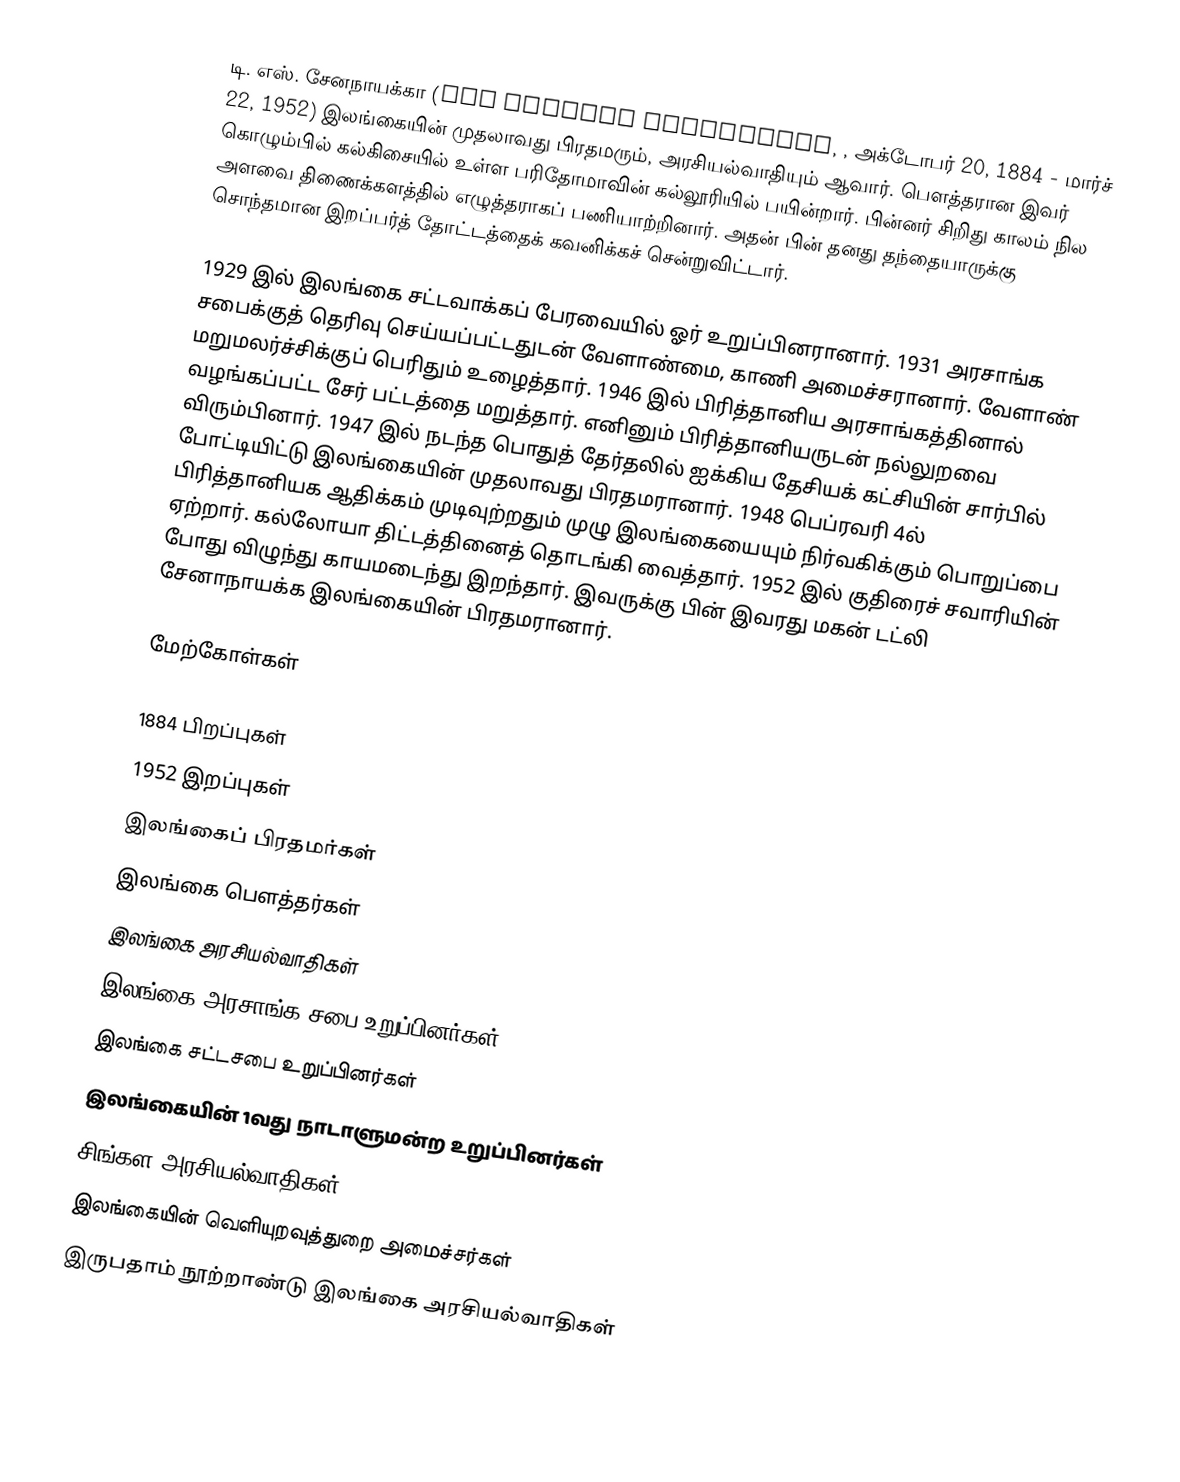
டி. எஸ். சேனநாயக்கா (Don Stephen Senanayake, , அக்டோபர் 20, 1884 - மார்ச் 22, 1952) இலங்கையின் முதலாவது பிரதமரும், அரசியல்வாதியும் ஆவார். பௌத்தரான இவர் கொழும்பில் கல்கிசையில் உள்ள பரிதோமாவின் கல்லூரியில் பயின்றார். பின்னர் சிறிது காலம் நில அளவை திணைக்களத்தில் எழுத்தராகப் பணியாற்றினார். அதன் பின் தனது தந்தையாருக்கு சொந்தமான இறப்பர்த் தோட்டத்தைக் கவனிக்கச் சென்றுவிட்டார்.

1929 இல் இலங்கை சட்டவாக்கப் பேரவையில் ஓர் உறுப்பினரானார். 1931 அரசாங்க சபைக்குத் தெரிவு செய்யப்பட்டதுடன் வேளாண்மை, காணி அமைச்சரானார். வேளாண் மறுமலர்ச்சிக்குப் பெரிதும் உழைத்தார். 1946 இல் பிரித்தானிய அரசாங்கத்தினால் வழங்கப்பட்ட சேர் பட்டத்தை மறுத்தார். எனினும் பிரித்தானியருடன் நல்லுறவை விரும்பினார். 1947 இல் நடந்த பொதுத் தேர்தலில் ஐக்கிய தேசியக் கட்சியின் சார்பில் போட்டியிட்டு இலங்கையின் முதலாவது பிரதமரானார். 1948 பெப்ரவரி 4ல் பிரித்தானியக ஆதிக்கம் முடிவுற்றதும் முழு இலங்கையையும் நிர்வகிக்கும் பொறுப்பை ஏற்றார். கல்லோயா திட்டத்தினைத் தொடங்கி வைத்தார். 1952 இல் குதிரைச் சவாரியின் போது விழுந்து காயமடைந்து இறந்தார். இவருக்கு பின் இவரது மகன் டட்லி சேனாநாயக்க இலங்கையின் பிரதமரானார்.

மேற்கோள்கள்

1884 பிறப்புகள்
1952 இறப்புகள்
இலங்கைப் பிரதமர்கள்
இலங்கை பௌத்தர்கள்
இலங்கை அரசியல்வாதிகள்
இலங்கை அரசாங்க சபை உறுப்பினர்கள்
இலங்கை சட்டசபை உறுப்பினர்கள்
இலங்கையின் 1வது நாடாளுமன்ற உறுப்பினர்கள்
சிங்கள அரசியல்வாதிகள்
இலங்கையின் வெளியுறவுத்துறை அமைச்சர்கள்
இருபதாம் நூற்றாண்டு இலங்கை அரசியல்வாதிகள்